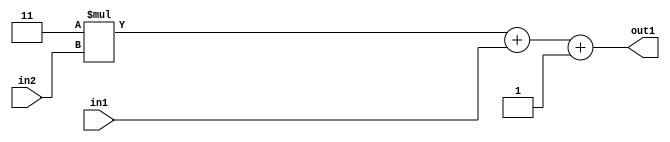
`timescale 1ps / 1ps
/*****************************************************************************
    Verilog RTL Description
    
    
    Created by: Stratus DpOpt 2019.1.01 
*******************************************************************************/

module DC_Filter_Add3i1u1Mul2i3u2_1 (
	in2,
	in1,
	out1
	); /* architecture "behavioural" */ 
input [1:0] in2;
input  in1;
output [3:0] out1;
wire [3:0] asc001;

wire [3:0] asc001_tmp_0;
wire [3:0] asc001_tmp_1;
assign asc001_tmp_1 = 
	+(4'B0011 * in2);
assign asc001_tmp_0 = asc001_tmp_1
	+(in1);
assign asc001 = asc001_tmp_0
	+(4'B0001);

assign out1 = asc001;
endmodule

/* CADENCE  uLX4Sgo= : u9/ySgnWtBlWxVPRXgAZ4Og= ** DO NOT EDIT THIS LINE ******/